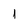
Character: 1